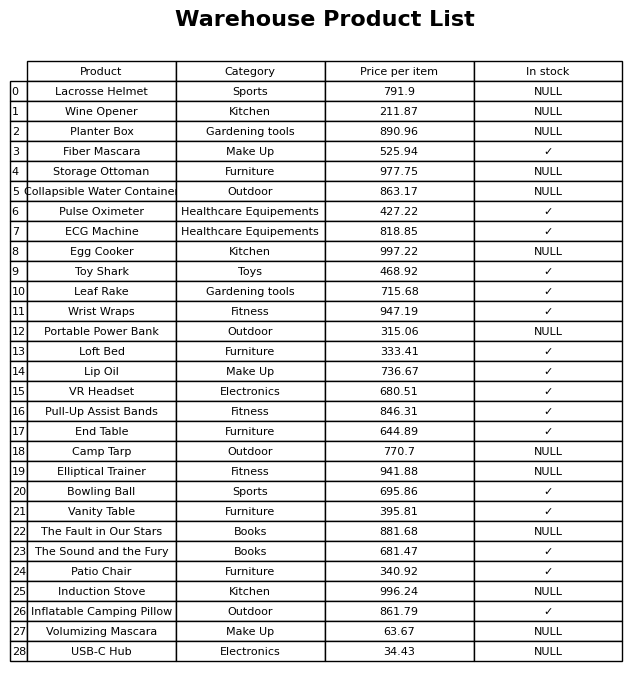
question: What is the price of the Loft Bed?
answer: The price of Loft Bed is 333.41.